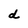
Character: d